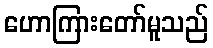
ဟောကြားတော်မူသည်